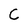
Character: C